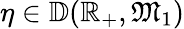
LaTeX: \eta\in\mathbb{D}(\mathbb{R}_{+},\mathfrak{M}_{1})